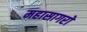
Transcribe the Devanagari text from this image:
महासागरो